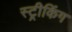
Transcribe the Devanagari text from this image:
स्ट्रीकिंग